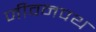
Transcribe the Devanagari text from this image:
जीवनपथ